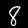
Label: 8